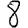
Digit: 8